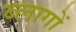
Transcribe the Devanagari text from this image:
ब्लागों